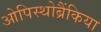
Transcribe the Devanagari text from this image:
ओपिस्थोब्रैंकिया